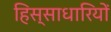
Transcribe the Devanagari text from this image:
हिस्साधारियों